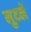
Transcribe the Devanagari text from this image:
लुटलें